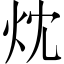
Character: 㶩